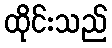
ထိုင်းသည်